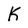
Character: K